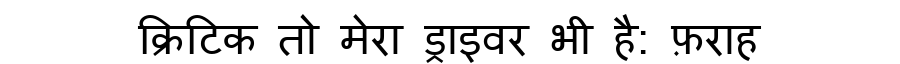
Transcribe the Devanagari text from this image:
क्रिटिक तो मेरा ड्राइवर भी है: फ़राह